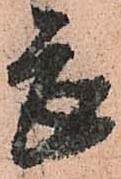
畏